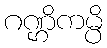
ဂဏ္ဌိကမ္ပိ